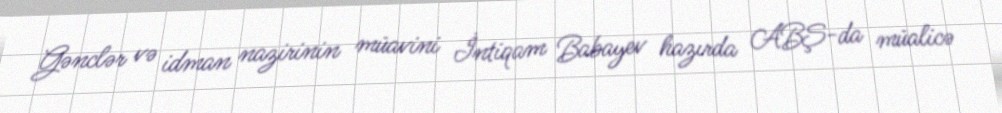
Gənclər və idman nazirinin müavini İntiqam Babayev hazırda ABŞ-da müalicə